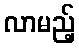
လာမည့်